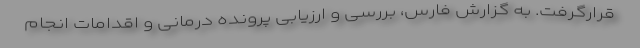
قرارگرفت. به گزارش فارس، بررسی و ارزیابی پرونده درمانی و اقدامات انجام